Pusta,_Kaarel_Robert, lk 7
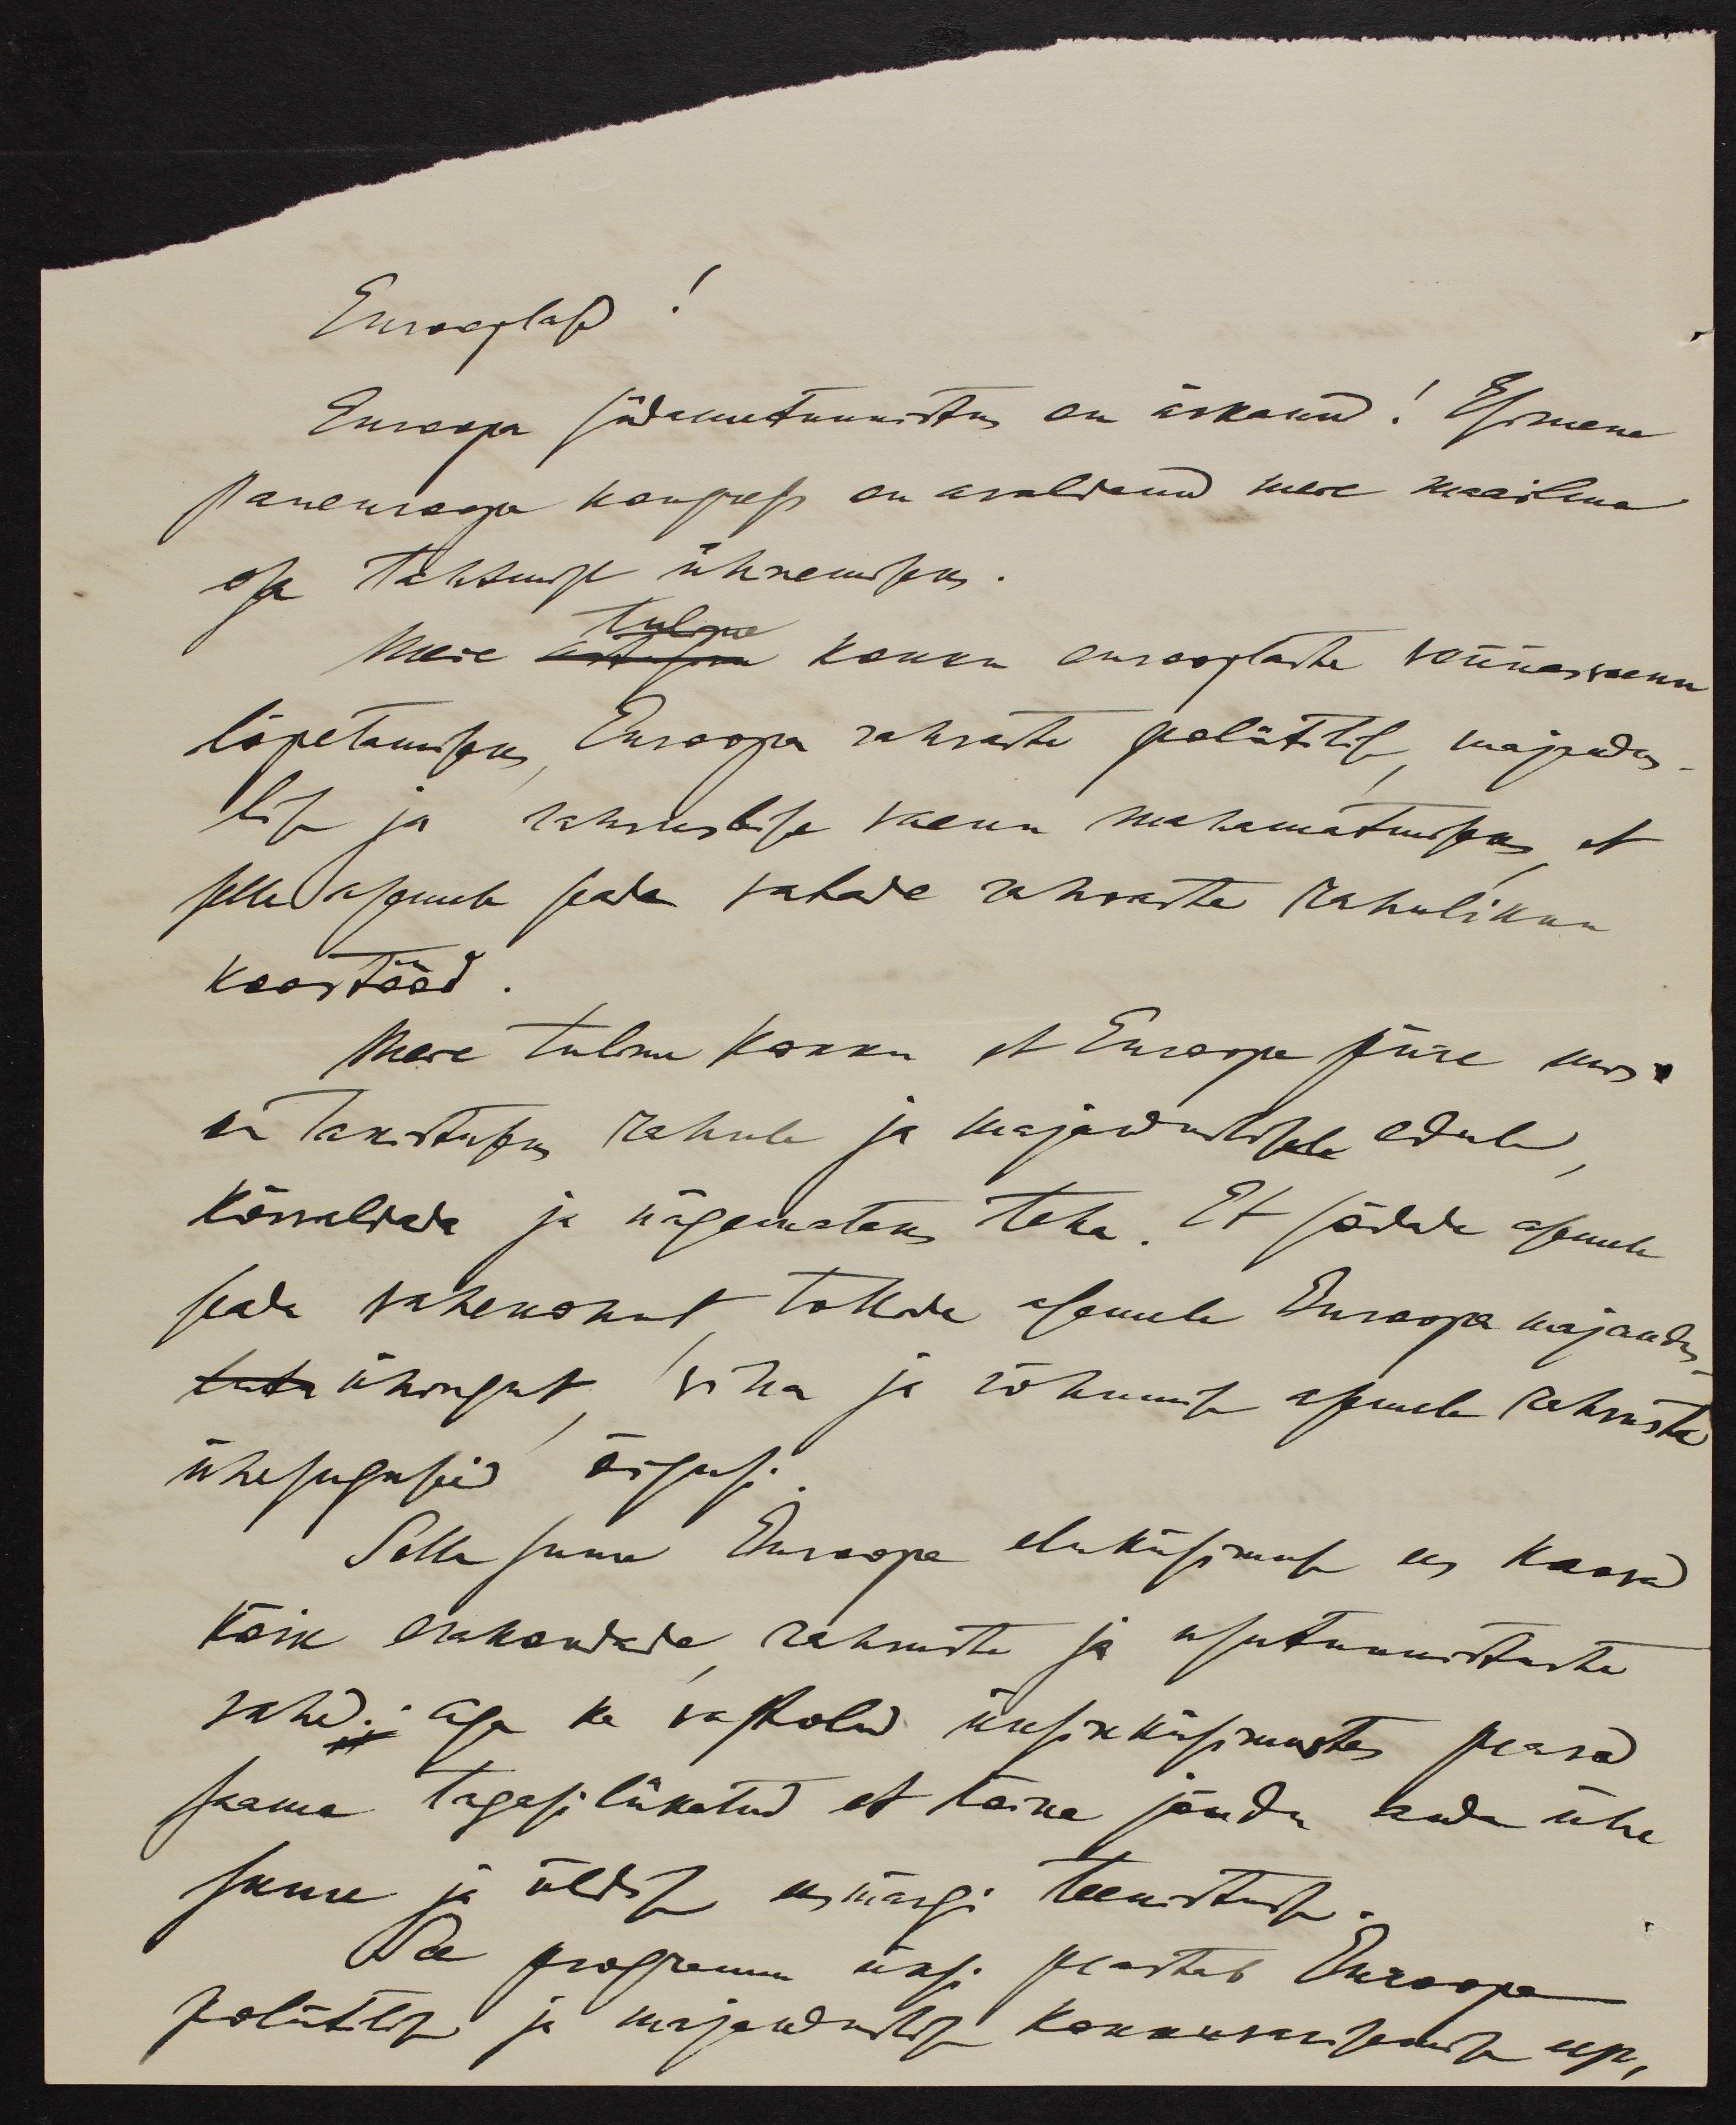
Eurooplased!
Euroopa südametunnistus on ärkanud! Esimene
paneuroopa kongress on avaldanud meie maailma
osa tahtmise ühinemiseks.
tulime
Meie kokku eurooplaste vennasvaenu
lõpetamiseks Euroopa rahvaste polittilise, majandus
lise ja rahvuslise vaenu mahamatmiseks, et
selle asemele seada vabade rahvaste rahulikku
kooitööd
Mere tulime kokku et Euroopa piire mis
on takistuseks rahule ja majanduslisele edule
kõrvaldada ja nägemataks teha. Et sõdade asemele
seada vahekohut, tokde asemele Euroopa majandus-
ühingut viha ja rõhumise asemele rahvuste
ühesuguseid õigusi.
Selle suure Euroope eluküsimustes ees kaasa
Kõik erakondade, rahvuste ja usutunnistuste
vahed; aga ka vastolu üksik küsimustes peavad
saama tagasilükatud et kõike jõudu anda ühe
suure ja üldise eesmärgi teenistusse.
See programm üksi peastab Euroopa
politlisee ja majanduslise kokkuvarisemise eest,